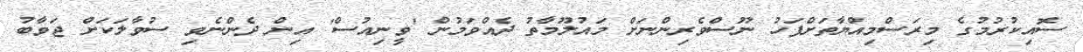
ސޮއިކުރުމުގެ މިރަސްމިއްޔާތަށްފަހު ނޫސްވެރިންނަށް މައުލޫމާތު ދެއްވަމުން 'ވީނިއުސް' އިން ދެންނެވި ސުވާލަކަށް ޖަވާބު